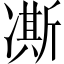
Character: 凘